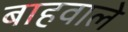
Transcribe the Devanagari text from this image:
बाहवाले